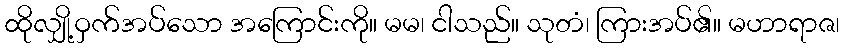
ထိုလျှို့ဝှက်အပ်သော အကြောင်းကို။ မမ၊ ငါသည်။ သုတံ၊ ကြားအပ်၏။ မဟာရာဇ၊